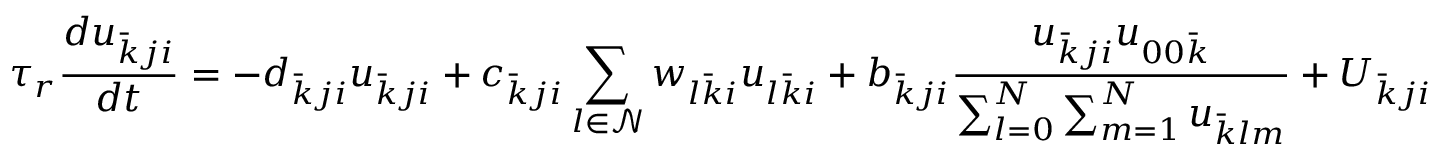
\tau _ { r } \frac { d u _ { \bar { k } j i } } { d t } = - d _ { \bar { k } j i } u _ { \bar { k } j i } + c _ { \bar { k } j i } \sum _ { l \in \mathcal { N } } w _ { l \bar { k } i } u _ { l \bar { k } i } + b _ { \bar { k } j i } \frac { u _ { \bar { k } j i } u _ { 0 0 \bar { k } } } { \sum _ { l = 0 } ^ { N } \sum _ { m = 1 } ^ { N } u _ { \bar { k } l m } } + U _ { \bar { k } j i }